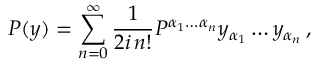
P ( y ) = \sum _ { n = 0 } ^ { \infty } \frac { 1 } { 2 i \, n ! } P ^ { \alpha _ { 1 } \ldots \alpha _ { n } } y _ { \alpha _ { 1 } } \ldots y _ { \alpha _ { n } } \, ,